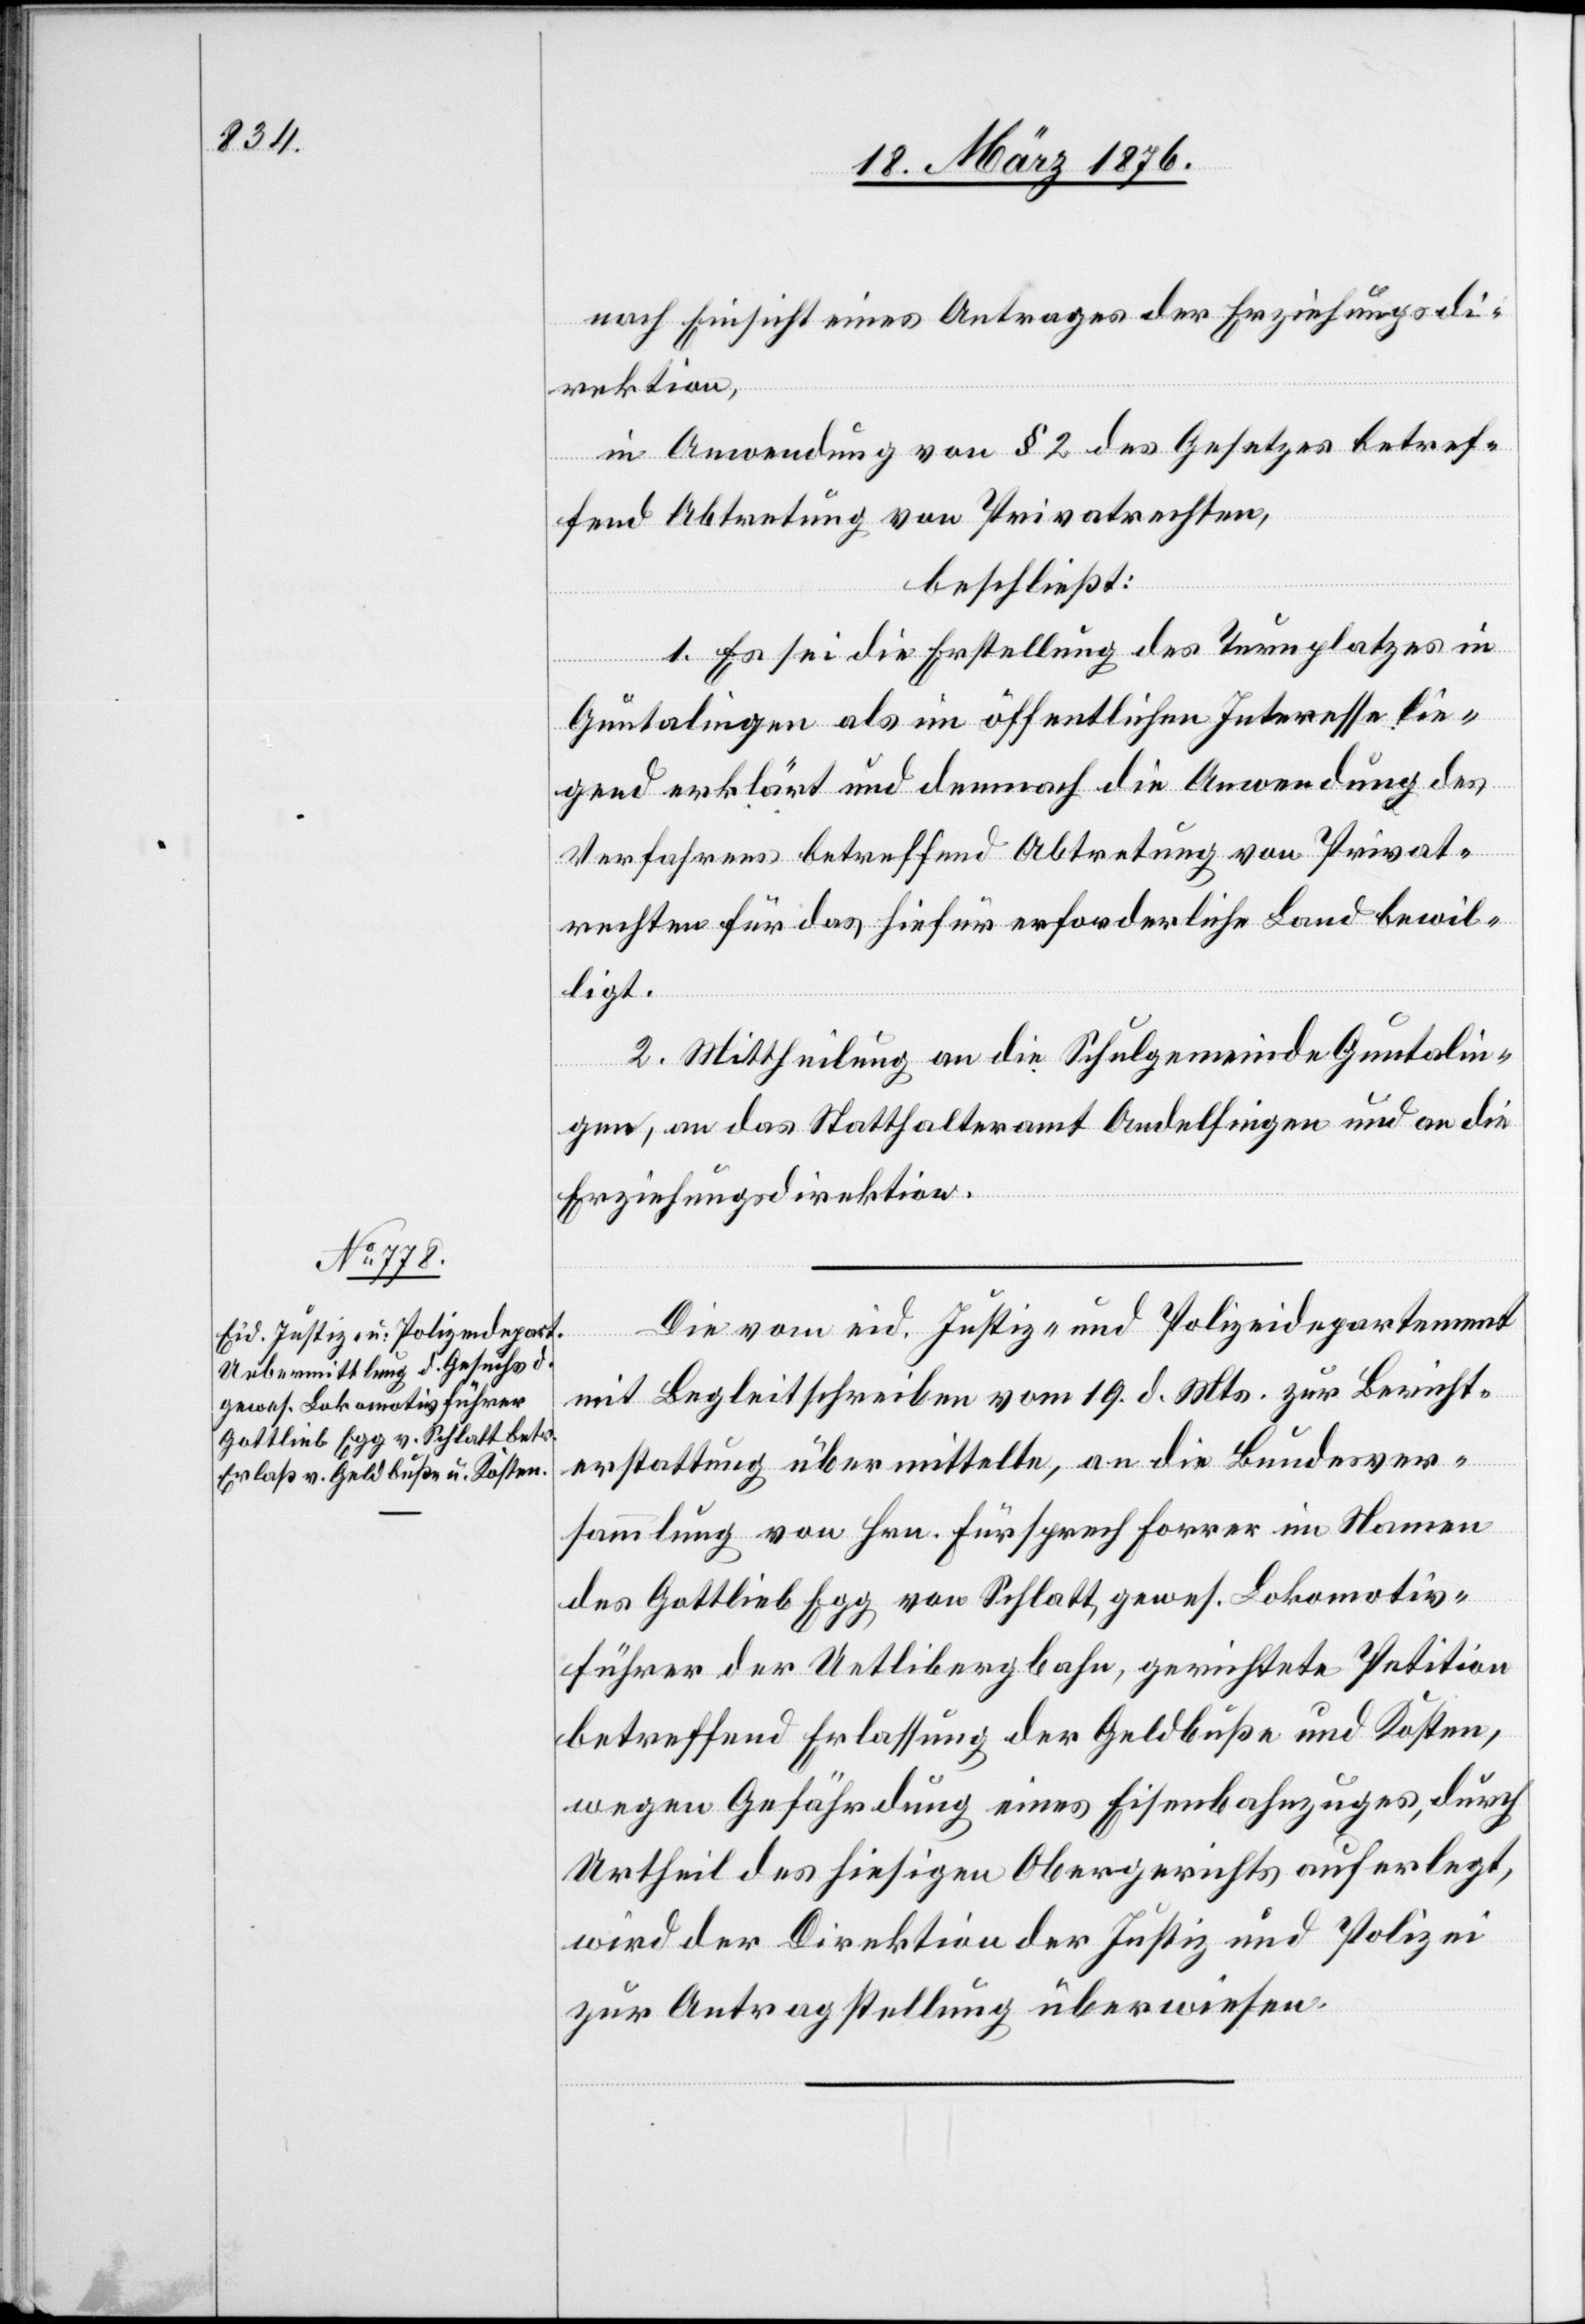
22. März 1876.]
nach Einsicht eines Antrages der Erziehungsdi¬
rektion,
in Anwendung von § 2 des Gesetzes betref¬
fend Abtretung von Privatrechten,
beschließt:
1. Es sei die Erstellung des Turnplatzes in
Guntalingen als im öffentlichen Interesse lie¬
gend erklärt und demnach die Anwendung des
Verfahrens betreffend Abtretung von Privat¬
rechten für das hiefür erforderliche Land bewil¬
ligt.
2. Mittheilung an die Schulgemeinde Guntalin¬
gen, an das Statthalteramt Andelfingen und an die
Erziehungsdirektion.
Die vom eid. Justiz- und Polizeidepartement
mit Begleitschrieben vom 19. d. Mts zur Bericht¬
erstattung übermittelte, an die Bundesver¬
sammlung von Hrn. Fürsprech Forrer im Namen
des Gottlieb Egg von Schlatt, gewes. Lokomotiv¬
führer der Uetlibergbahn, gerichtete Petition
betreffend Erlassung der Geldbuße und Kosten,
wegen Gefährdung eines Eisenbahnzuges, durch
Urtheil des hiesigen Obergerichts auferlegt,
wird der Direktion der Justiz und Polizei
zur Antragstellung überwiesen.